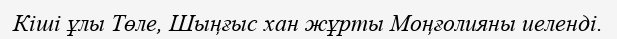
Кіші ұлы Төле, Шыңғыс хан жұрты Моңғолияны иеленді.